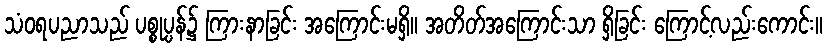
သံဝရပညာသည် ပစ္စုပ္ပန်၌ ကြားနာခြင်း အကြောင်းမရှိ။ အတိတ်အကြောင်းသာ ရှိခြင်း ကြောင့်လည်းကောင်း။